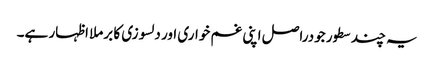
یہ چند سطور جودراصل اپنی غم خواری اور دلسوزی کا برملا اظہار ہے۔